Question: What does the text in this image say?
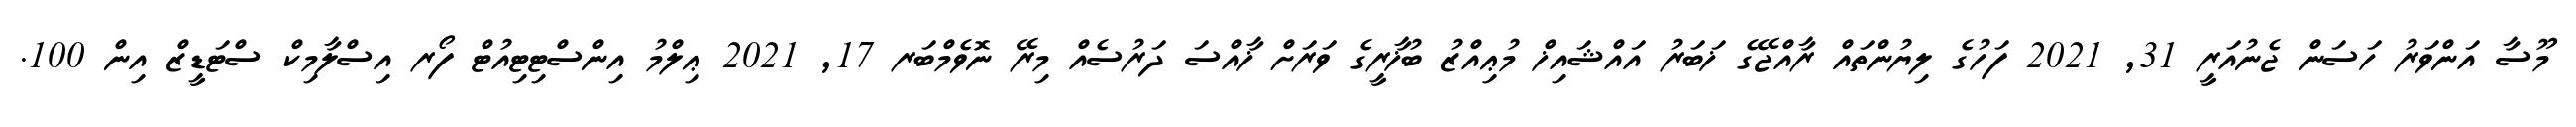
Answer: މޫސާ އަންވަރު ހަސަން ޖެނުއަރީ 31, 2021 ފަހުގެ ލިޔުންތައް ރާއްޖޭގެ ޚަބަރު އައްޝައިޚް މުޢިއްޒު ބުޚާރީގެ ވަރަށް ޚާއްސަ ދަރުސެއް މިރޭ ނޮވެމްބަރ 17, 2021 ޢިލްމު އިންސްޓިޓިއުޓް ފޯރ އިސްލާމިކް ސްޓަޑީޒް އިން 100.